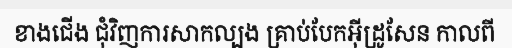
ខាងជើង ជុំវិញការសាកល្បង គ្រាប់បែកអ៊ីដ្រូសែន កាលពី